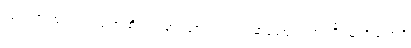
ညှပ်ကာ အားရသည်အထိ ဝတ်ဆင်စေ၍ ပြည်ပဆန်ဈေးကွက်ကို သူ့ကိုယ်ထဲရှိ